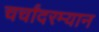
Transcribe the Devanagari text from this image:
चर्चांदरम्यान